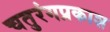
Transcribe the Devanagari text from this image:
चतुरंगप्रकाश